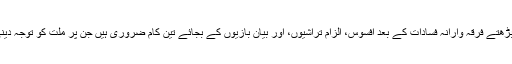
ملک میں بڑھتے فرقہ وارانہ فسادات کے بعد افسوس، الزام تراشیوں، اور بیان بازیوں کے بجائے تین کام ضروری ہیں جن پر ملت کو توجہ دینی چاہیے ۔